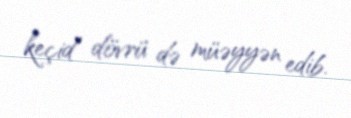
keçid dövrü də müəyyən edib.